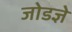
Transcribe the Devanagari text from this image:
जोडज्ञे